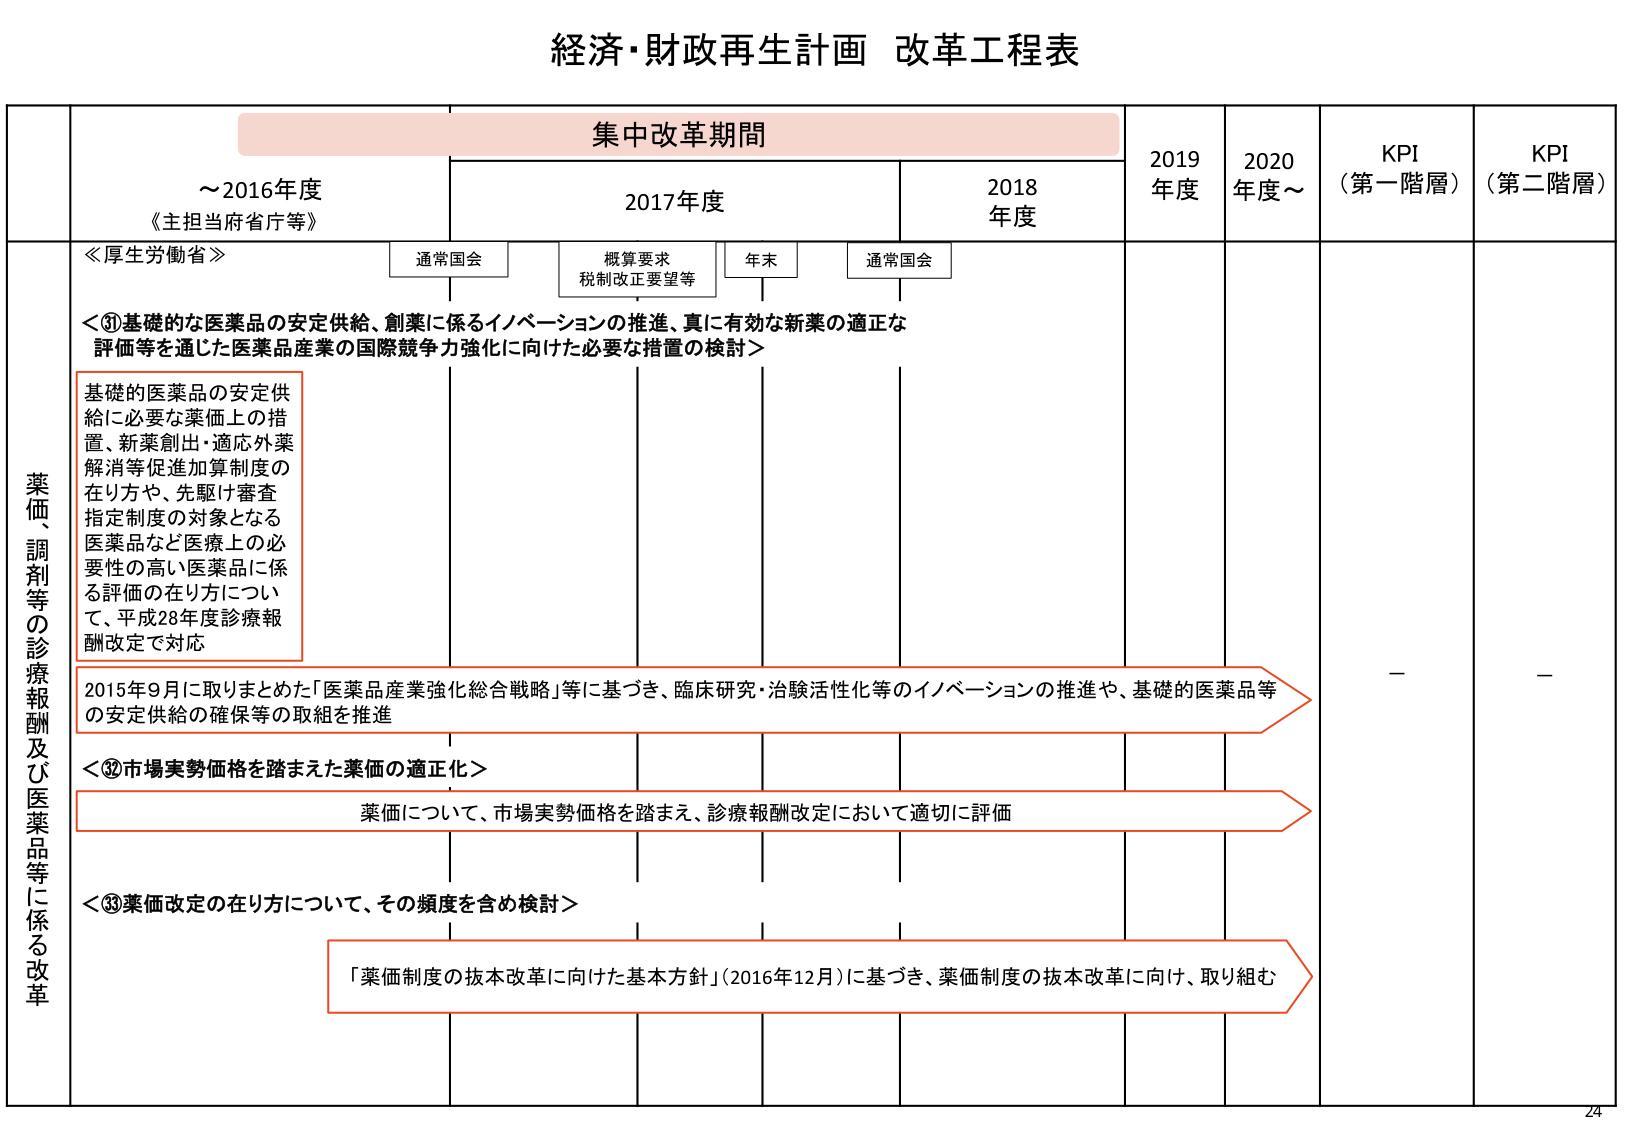
経済・財政再生計画 改革工程表

集中改革期間

～2016年度
《主担当府省庁等》

2017年度

2018年度

2019年度

2020年度～

KPI
（第一階層）

KPI
（第二階層）

通常国会

概算要求
税制改正要望等

年末

通常国会

≪厚生労働省≫

＜①基礎的な医薬品の安定供給、創薬に係るイノベーションの推進、真に有効な新薬の適正な評価等を通じた医薬品産業の国際競争力強化に向けた必要な措置の検討＞

基礎的医薬品の安定供給に必要な薬価上の措置、新薬創出・適応外薬解消等促進加算制度の在り方や、先駆け審査指定制度の対象となる医薬品など医療上の必要性の高い医薬品に係る評価の在り方について、平成28年度診療報酬改定で対応

2015年9月に取りまとめた「医薬品産業強化総合戦略」等に基づき、臨床研究・治験活性化等のイノベーションの推進や、基礎的医薬品等の安定供給の確保等の取組を推進

＜②市場実勢価格を踏まえた薬価の適正化＞

薬価について、市場実勢価格を踏まえ、診療報酬改定において適切に評価

＜③薬価改定の在り方について、その頻度を含め検討＞

「薬価制度の抜本改革に向けた基本方針」（2016年12月）に基づき、薬価制度の抜本改革に向け、取り組む

薬価、調剤等の診療報酬及び医薬品等に係る改革

－

－

24